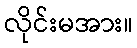
လိုင်းမအား။